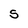
Character: S